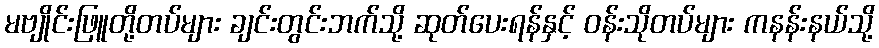
မဗျိုင်းဖြူတို့တပ်များ ချင်းတွင်းဘက်သို့ ဆုတ်ပေးရန်နှင့် ဝန်းသိုတပ်များ ကနန်းနယ်သို့